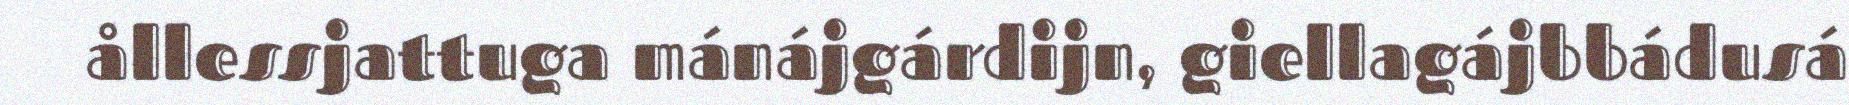
ållessjattuga mánájgárdijn, giellagájbbádusá